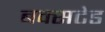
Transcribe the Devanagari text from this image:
बक्सटेड